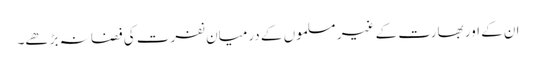
ان کے اور بھارت کے غیر مسلموں کے درمیان نفرت کی فضا نہ بڑھے۔